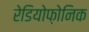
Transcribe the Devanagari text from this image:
रेडियोफ़ोनिक